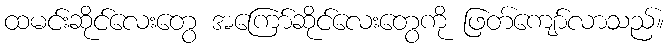
ထမင်းဆိုင်လေးတွေ အကြော်ဆိုင်လေးတွေကို ဖြတ်ကျော်လာသည်။